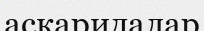
аскаридалар